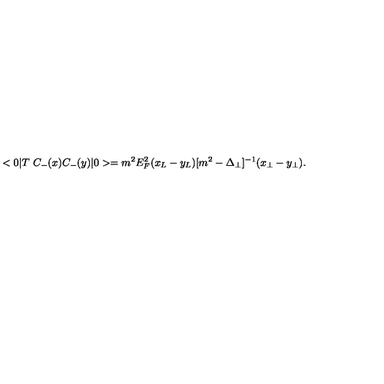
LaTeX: < 0 | T \ C _ { - } ( x ) C _ { - } ( y ) | 0 > = m ^ { 2 } E _ { F } ^ { 2 } ( x _ { L } - y _ { L } ) [ m ^ { 2 } - \Delta _ { \perp } ] ^ { - 1 } ( x _ { \perp } - y _ { \perp } ) .